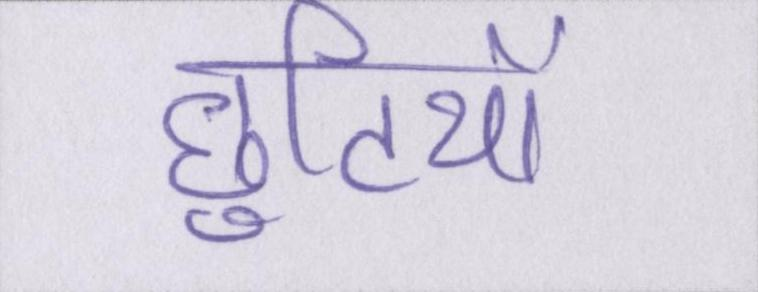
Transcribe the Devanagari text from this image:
छुटियों